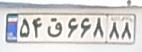
۵۴ق۶۶۸۸۸